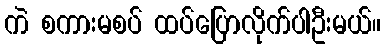
ကဲ စကားမစပ် ထပ်ပြောလိုက်ပါဦးမယ်။